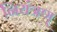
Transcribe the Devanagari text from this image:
नियंत्रण्